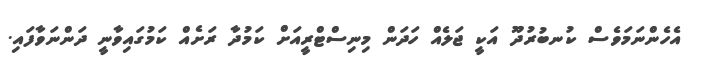
އެހެންނަމަވެސް ކުނބުރުދޫ އަކީ ޖަލެއް ހަދަން މިނިސްޓްރީއަށް ކަމުދާ ރަށެއް ކަމުގައިވާނީ ދަންނަވާފައި.